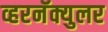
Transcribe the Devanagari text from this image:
व्हरनॅक्युलर